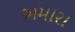
અમારા